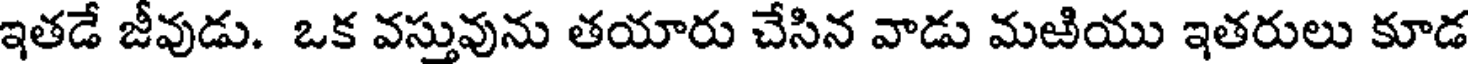
ఇతడే జీవుడు. ఒక వస్తువును తయారు చేసిన వాడు మఱియు ఇతరులు కూడ